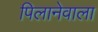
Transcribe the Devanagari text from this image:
पिलानेवाला